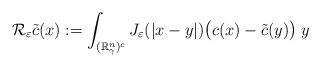
LaTeX: \begin{align*}\mathcal{R}_\varepsilon\tilde{c}(x) := \int_{(\mathbb{R}^n_\gamma)^c}J_\varepsilon(|x-y|)\big(c(x) - \tilde{c}(y)\big)\;y\end{align*}